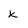
Character: k